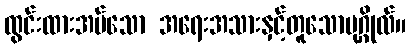
ထွင်းထားအပ်သော အရေးအသားနှင့်တူသောပုဂ္ဂိုလ်။